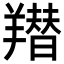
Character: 𦏋